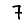
Digit: 7